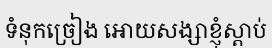
ទំនុកច្រៀង អោយសង្សាខ្ញុំស្តាប់